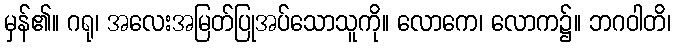
မှန်၏။ ဂရု၊ အလေးအမြတ်ပြုအပ်သောသူကို။ လောကေ၊ လောက၌။ ဘဂဝါတိ၊